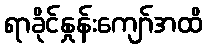
ရာခိုင်နှုန်းကျော်အထိ